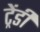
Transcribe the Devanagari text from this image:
ट्रेंडी